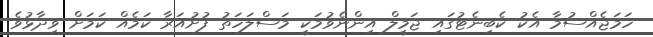
ހަމަޖެއްސުމާ އެކު ކެބިނެޓުގައި ޖަމީލް އިންނެވުމަކީ މަސްލަހަތު ފުށުއަރާ ކަމެއް ކަމަށް ވިދާޅުވެ